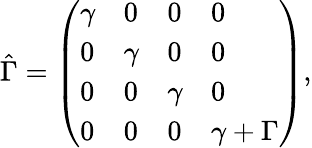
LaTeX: \hat{\Gamma}=\left(\begin{array}{llll}{\gamma}&{0}&{0}&{0}\\ {0}&{\gamma}&{0}&{0}\\ {0}&{0}&{\gamma}&{0}\\ {0}&{0}&{0}&{\gamma+\Gamma}\end{array}\right),